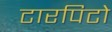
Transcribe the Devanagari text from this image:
टारपिटो